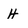
Character: H